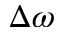
\Delta \omega